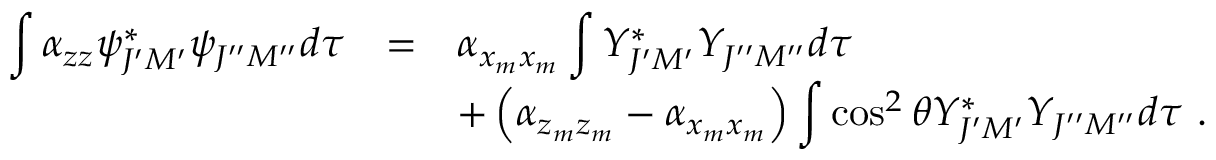
\begin{array} { r c l } { { \displaystyle \int \alpha _ { z z } { \psi } _ { J ^ { \prime } M ^ { \prime } } ^ { \ast } { \psi } _ { J ^ { \prime \prime } M ^ { \prime \prime } } d \tau } } & { { = } } & { { \alpha _ { x _ { m } x _ { m } } \displaystyle \int Y _ { J ^ { \prime } M ^ { \prime } } ^ { \ast } Y _ { J ^ { \prime \prime } M ^ { \prime \prime } } d \tau } } \\ { { } } & { { } } & { { + \left( \alpha _ { z _ { m } z _ { m } } - \alpha _ { x _ { m } x _ { m } } \right) \displaystyle \int \cos ^ { 2 } \theta Y _ { J ^ { \prime } M ^ { \prime } } ^ { \ast } Y _ { J ^ { \prime \prime } M ^ { \prime \prime } } d \tau ~ . } } \end{array}